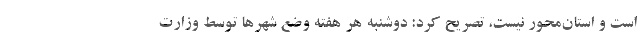
است و استان‌محور نیست، تصریح کرد: دوشنبه هر هفته وضع شهرها توسط وزارت